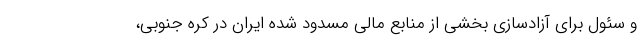
و سئول برای آزادسازی بخشی از منابع مالی مسدود شده ایران در کره جنوبی،